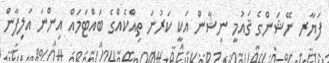
ފަޔާރ ނޭޝަންގެ ޤައުމީ ނިޝާން އަކީ ކަރުނަ ތިއްކެއްގެ ބައްޓަމައް އިންނަ އަލިފާން